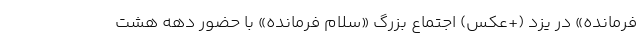
فرمانده» در یزد (+عکس) اجتماع بزرگ «سلام فرمانده» با حضور دهه هشت